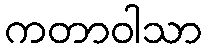
ကတာဝါသာ